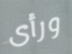
ورأى